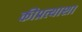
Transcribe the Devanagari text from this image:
कीप्रत्याशा